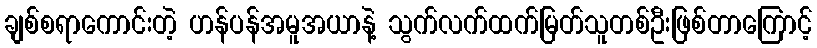
ချစ်စရာကောင်းတဲ့ ဟန်ပန်အမူအယာနဲ့ သွက်လက်ထက်မြတ်သူတစ်ဦးဖြစ်တာကြောင့်